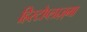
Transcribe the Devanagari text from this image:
हिस्टोप्लाज़्मा